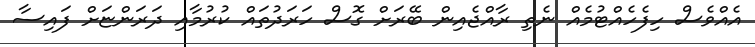
އެއްވެސް ހިފެހެއްޓުމެއް ނެތި ރާއްޖެއިން ބޭރަށް ގޮސް ހަރަދުތައް ކުރުމާއި ދަރަންޏަށް ފައިސާ